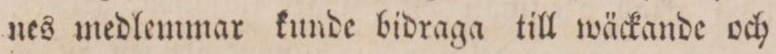
nes medlemmar kunde bidraga till wäckande och